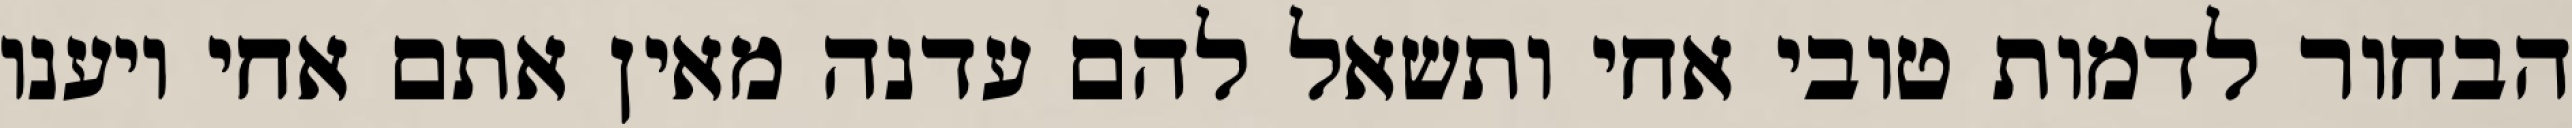
הבחור לדמות טובי אחי ותשאל להם עדנה מאין אתם אחי ויענו